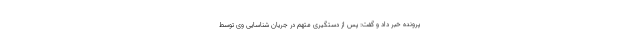
پرونده خبر داد و گفت: پس از دستگیری متهم در جریان شناسایی وی توسط